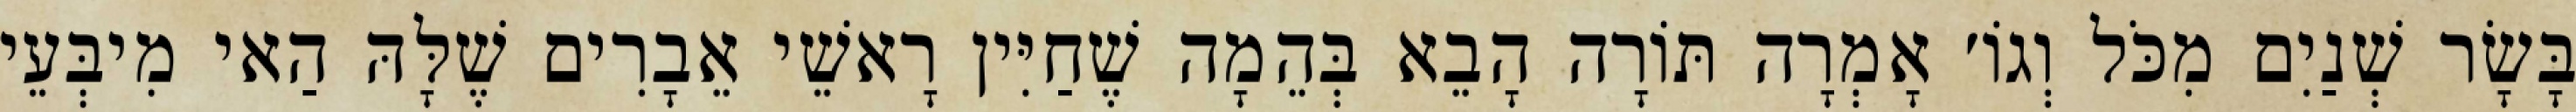
בָּשָׂר שְׁנַיִם מִכֹּל וְגוֹ׳ אָמְרָה תּוֹרָה הָבֵא בְּהֵמָה שֶׁחַיִּין רָאשֵׁי אֵבָרִים שֶׁלָּהּ הַאי מִיבְּעֵי